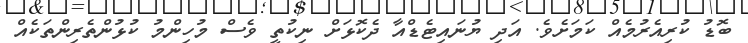
ބޮޑު ކުރިއެރުމެއް ކަމަށެވެ. އަދި ޔުނައިޓެޑްއާ ދެކޮޅަށް ނިކުތީ ވެސް މުހިންމު ކުޅުންތެރިންތަކެއް